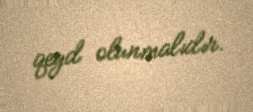
qeyd olunmalıdır.